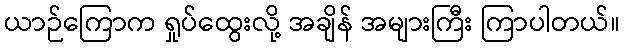
ယာဉ်ကြောက ရှုပ်ထွေးလို့ အချိန် အများကြီး ကြာပါတယ်။